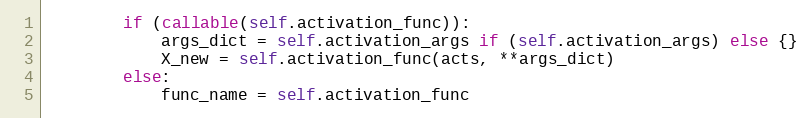
Language: Python
        if (callable(self.activation_func)):
            args_dict = self.activation_args if (self.activation_args) else {}
            X_new = self.activation_func(acts, **args_dict)
        else:
            func_name = self.activation_func